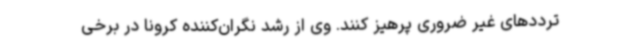
ترددهای غیر ضروری پرهیز کنند. وی از رشد نگران‌کننده کرونا در برخی